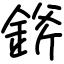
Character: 𨨞